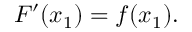
F ^ { \prime } ( x _ { 1 } ) = f ( x _ { 1 } ) .